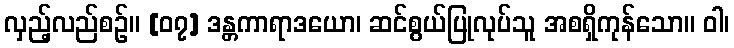
လှည့်လည်စဉ်။ [၀၇] ဒန္တကာရာဒယော၊ ဆင်စွယ်ပြုလုပ်သူ အစရှိကုန်သော။ ဝါ၊